Cultivation of the bacillus of leprosy and the treatment of cases by means of a vaccine prepared from the cultivations - Number 42
Disease focus: Leprosy
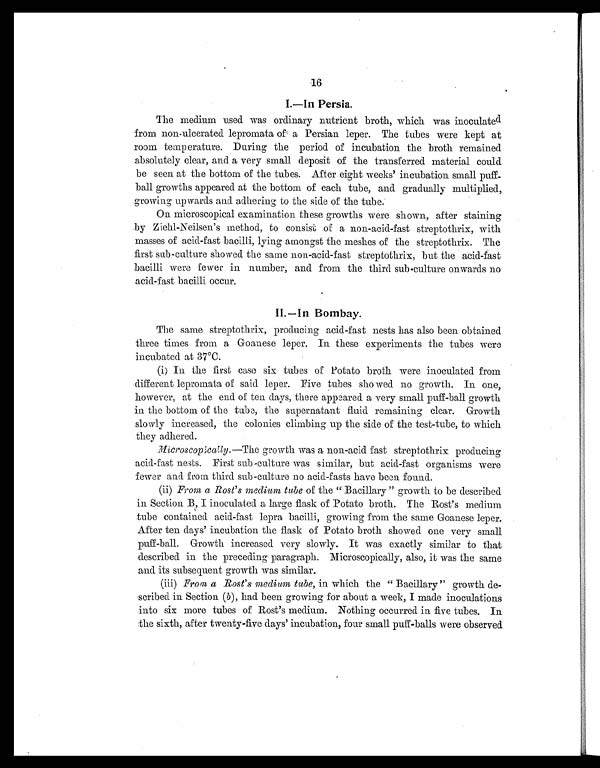
16
I.—In Persia.
The medium used was ordinary nutrient broth, which was inoculated
from non-ulcerated lepromata of a Persian leper. The tubes were kept at
room temperature. During the period of incubation the broth remained
absolutely clear, and a very small deposit of the transferred material could
be seen at the bottom of the tubes. After eight weeks' incubation small puff-
ball growths appeared at the bottom of each tube, and gradually multiplied,
growing upwards and adhering to the side of the tube.
On microscopical examination these growths were shown, after staining
by Ziehl-Neilsen's method, to consist of a non-acid-fast streptothrix, with
masses of acid-fast bacilli, lying amongst the meshes of the streptothrix. The
first sub-culture showed the same non-acid-fast streptothrix, but the acid-fast
bacilli were fewer in number, and from the third sub-culture onwards no
acid-fast bacilli occur.
II.—In Bombay.
The same streptothrix, producing acid-fast nests has also been obtained
three times from a Goanese leper. In these experiments the tubes were
incubated at 37°C.
(i) In the first case six tubes of Potato broth were inoculated from
different lepromata of said leper. Five tubes sho wed no growth. In one,
however, at the end of ten days, there appeared a very small puff-ball growth
in the bottom of the tube, the supernatant fluid remaining clear. Growth
slowly increased, the colonies climbing up the side of the test-tube, to which
they adhered.
Microscopically.—The growth was a non-acid fast streptothrix producing
acid-fast nests. First sub-culture was similar, but acid-fast organisms were
fewer and from third sub-culture no acid-fasts have been -found.
(ii) From a Rost's medium tube of the "Bacillary" growth to be described
in Section B, I inoculated a large flask of Potato broth. The Rost's medium
tube contained acid-fast lepra bacilli, growing from the same Goanese leper.
After ten days' incubation the flask of Potato broth showed one very small
puff-ball. Growth increased very slowly. It was exactly similar to that
described in the preceding paragraph. Microscopically, also, it was the same
and its subsequent growth was similar.
(iii) From a Rost's medium tube, in which the "Bacillary" growth de
scribed in Section (b), had been growing for about a week, I made inoculations
into six more tubes of Rost's medium. Nothing occurred in five tubes. In
the sixth, after twenty-five days' incubation, four small puff-balls were observed